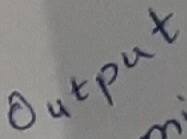
Text: OUTPUT